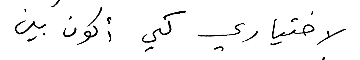
لاختياري كي أكون بين